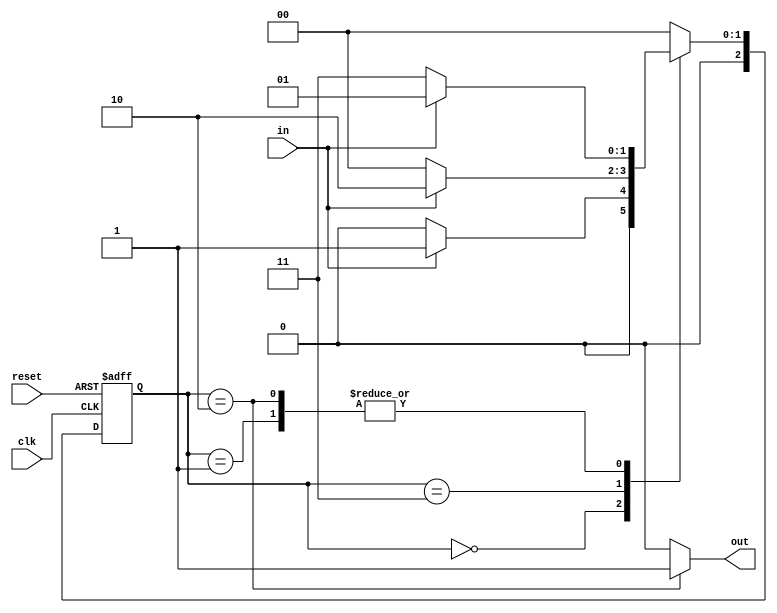
module mealy_fsm(in,clk,reset,out);
input in;
input clk;
input reset;
output reg out;
parameter A = 2'b00,
B = 2'b01,
C = 2'b11,
D = 2'b10;
reg [2:0] current_state,next_state;
always@(posedge clk, posedge reset)
begin 
if (reset == 1)
current_state <= A;
else
current_state <= next_state;
end
always @(current_state,in)
begin
 case(current_state) 
 A:begin
  if(in==1)
   next_state = B;
  else
   next_state = A;
 end
 B:begin
  if(in==0)
   next_state = C;
  else
   next_state = B;
 end
 C:begin
  if(in==0)
   next_state = A;
  else
   next_state = D;
 end 
 D:begin
  if(in==0)
   next_state = C;
  else
   next_state = B;
 end
 default:next_state = A;
 endcase
end

always @(current_state)
begin 
 case(current_state) 
 A:  out = 0;
 B:  out = 0;
 C:  out = 0;
 D:  out = 1;
 
 default:  out = 0;
 endcase
end 
endmodule